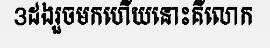
3ដងរួចមកហើយនោះគឺលោក